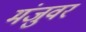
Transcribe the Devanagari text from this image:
मंजुवर